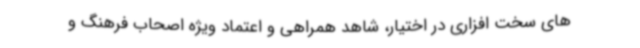
های سخت افزاری در اختیار، شاهد همراهی و اعتماد ویژه اصحاب فرهنگ و